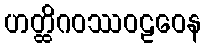
ဟတ္ထိဂဝဿဝဠဝေန